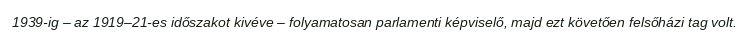
1939-ig – az 1919–21-es időszakot kivéve – folyamatosan parlamenti képviselő, majd ezt követően felsőházi tag volt.